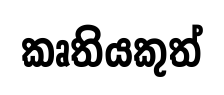
කෘතියකුත්